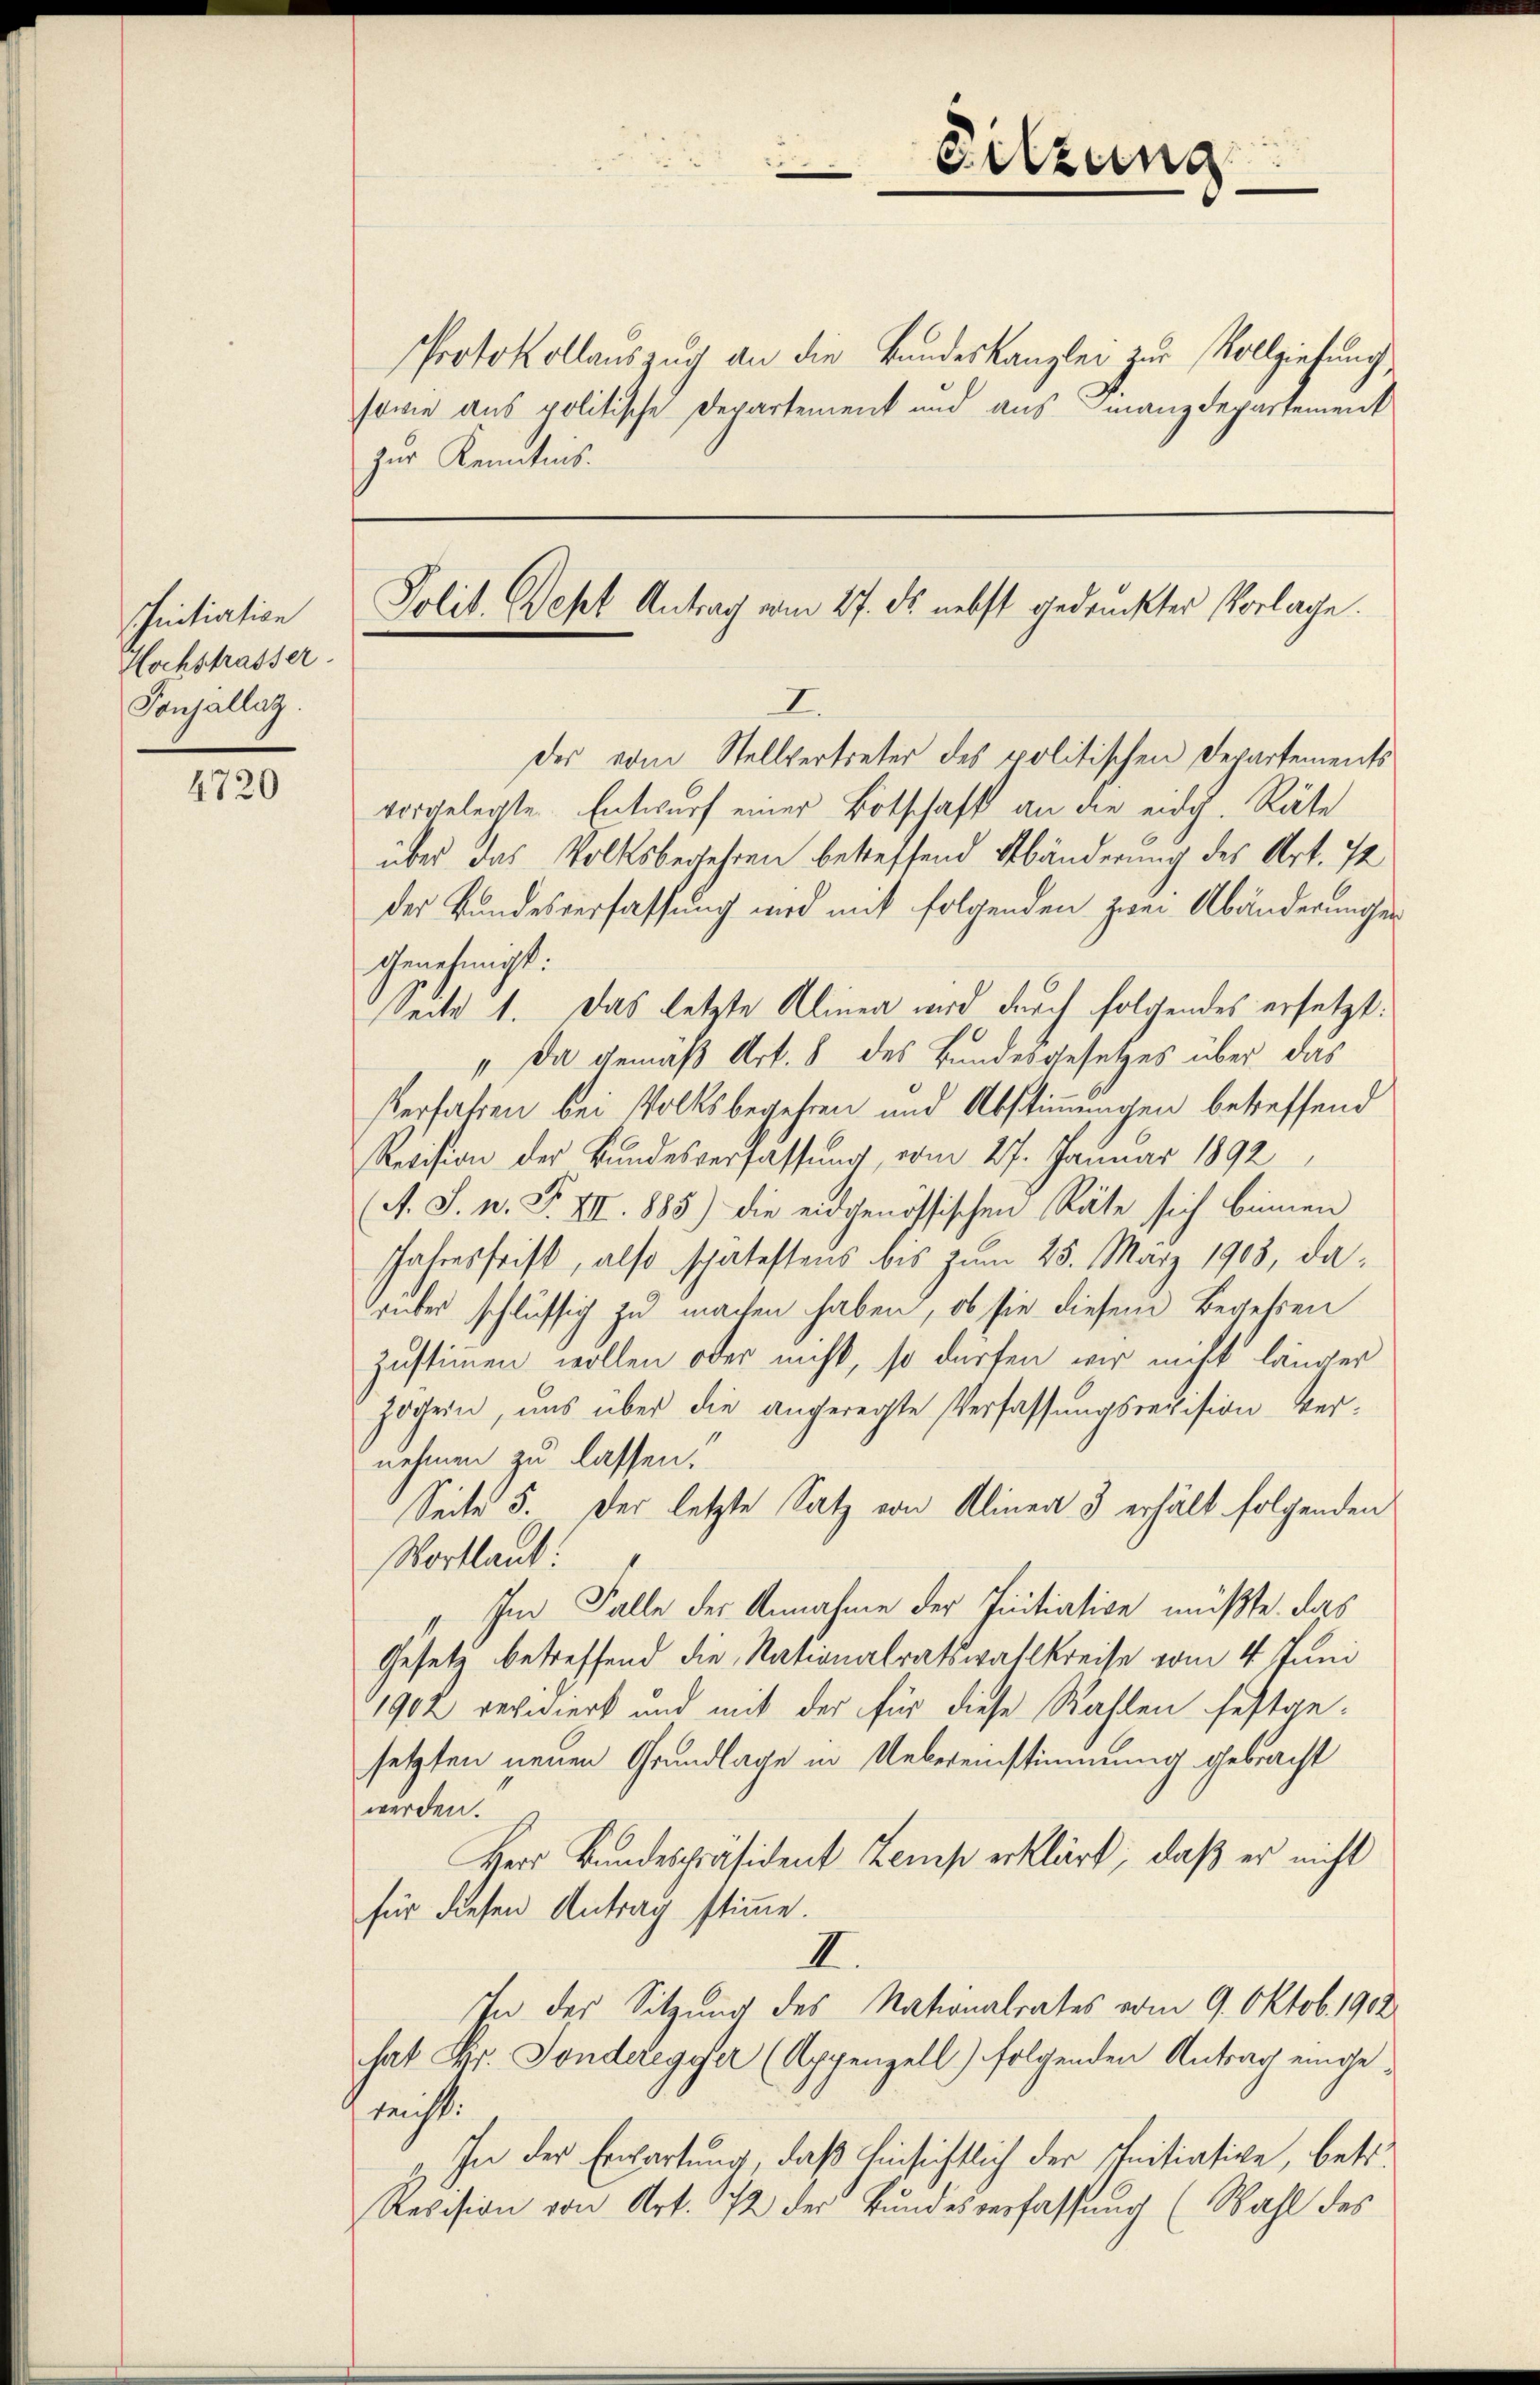
schnitiation
Hochstrasser
Ponsállaz

4720

Protokollauszug an die Bandeskanzlei zur Vollziehung
sowie aus politische Departement und aus Finanzdepartement
zur Kenntnis.

Polit. Sept Antrag vom 27. ds nebst gedruckter Vorlage.

I
der vom Stellvertreter des politischen Departements
vorgelegte Entwurf einer Botschaft an die eidg. Räte
über das Volksbegehren betreffend Abänderung des Art. I
der Bundesverfassung wird mit folgenden zwei Abänderungen
genehmigt.
sbeite 1. Das letzte Klinen wird durch folgendes ersetzt:
„Da gemäß Art. 8 des Bundesgesetzes über das
Verfahren bei Volksbegehren und Abstimmungen betreffend
Revision der Bundesverfassung, vom 27. Januar 1892,
(A. S. n. F. VII. 1885) die eidgenössischen Räte sich binnen
Jahresfrist, also spätestens bis zum 25. März 1908, da
grüber schlüssig zu machen haben, ob sie diesem Begehren
Zustimmen wollen oder nicht, so dürfen wir nicht länger
zogen, uns über die angeregte Verfassungsrevision vernehmen zu lassen.
Seite 5. Der letzte Satz von Alinea 3 erhält folgenden
Wortlaut:
Im Falle der Annahme der Initiation müßte, das
Gesetz betreffend die Nationalratswahlkreise vom 4. Juni
1902 verwerk und mit der für diese Wahlen festge-
setzten neuen Grundlage in Uebereinstimmung gebracht
werden.
Herr Bundespräsident Zemp erklärt, daß er nicht
für diesen Antrag stimme.
II.
In der Sitzung des Nationalrates vom 9. Oktob. 1912
hat Fr. Sonderegger (Appenzell) folgenden Antrag eingenecht.
In der Erwartung, daß hinsichtlich der Initiative, betr.
Revision von Art. 172 der Bundesverfassung (Wahl des

Sitzung